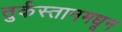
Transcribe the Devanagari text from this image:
तुर्कस्तानमधून